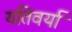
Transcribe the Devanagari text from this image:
यतिवर्या